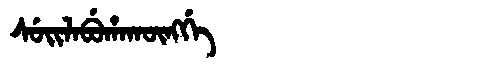
Manchu: ᠰᡠᡳᠯᠠᠪᡠᡥᠠᡴᡡᠩᡤᡝ
Romanization: SUILABUHAKŪNGGE